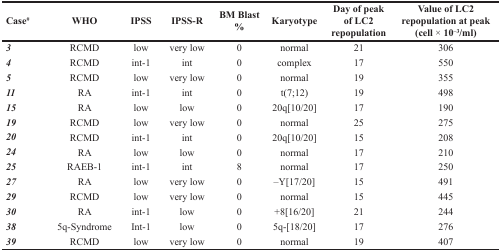
<table><thead><tr><td><b>Case<sup>#</sup></b></td><td><b>WHO</b></td><td><b>IPSS</b></td><td><b>IPSS-R</b></td><td><b>BM Blast %</b></td><td><b>Karyotype</b></td><td><b>Day of peak of LC2 repopulation</b></td><td><b>Value of LC2 repopulation at peak (cell × 10<sup>−3</sup>/ml)</b></td></tr></thead><tbody><tr><td><b><i>3</i></b></td><td>RCMD</td><td>low</td><td>very low</td><td>0</td><td>normal</td><td>21</td><td>306</td></tr><tr><td><b><i>4</i></b></td><td>RCMD</td><td>int-1</td><td>int</td><td>0</td><td>complex</td><td>17</td><td>550</td></tr><tr><td><b><i>5</i></b></td><td>RCMD</td><td>low</td><td>very low</td><td>0</td><td>normal</td><td>19</td><td>355</td></tr><tr><td><b><i>11</i></b></td><td>RA</td><td>int-1</td><td>int</td><td>0</td><td>t(7;12)</td><td>19</td><td>498</td></tr><tr><td><b><i>15</i></b></td><td>RA</td><td>low</td><td>low</td><td>0</td><td>20q[10/20]</td><td>17</td><td>190</td></tr><tr><td><b><i>19</i></b></td><td>RCMD</td><td>low</td><td>very low</td><td>0</td><td>normal</td><td>25</td><td>275</td></tr><tr><td><b><i>20</i></b></td><td>RCMD</td><td>int-1</td><td>int</td><td>0</td><td>20q[10/20]</td><td>15</td><td>208</td></tr><tr><td><b><i>24</i></b></td><td>RA</td><td>low</td><td>low</td><td>0</td><td>normal</td><td>17</td><td>210</td></tr><tr><td><b><i>25</i></b></td><td>RAEB-1</td><td>int-1</td><td>int</td><td>8</td><td>normal</td><td>17</td><td>250</td></tr><tr><td><b><i>27</i></b></td><td>RA</td><td>low</td><td>very low</td><td>0</td><td>–Y[17/20]</td><td>15</td><td>491</td></tr><tr><td><b><i>29</i></b></td><td>RCMD</td><td>low</td><td>very low</td><td>0</td><td>normal</td><td>15</td><td>445</td></tr><tr><td><b><i>30</i></b></td><td>RA</td><td>int-1</td><td>low</td><td>0</td><td>+8[16/20]</td><td>21</td><td>244</td></tr><tr><td><b><i>38</i></b></td><td>5q-Syndrome</td><td>Int-1</td><td>low</td><td>0</td><td>5q-[18/20]</td><td>17</td><td>276</td></tr><tr><td><b><i>39</i></b></td><td>RCMD</td><td>low</td><td>very low</td><td>0</td><td>normal</td><td>19</td><td>407</td></tr></tbody></table>